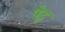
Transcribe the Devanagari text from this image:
पेद्रू